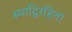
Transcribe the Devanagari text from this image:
स्याद्विरहितां